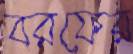
বরফের